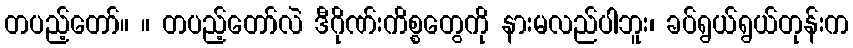
တပည့်တော်။ ။ တပည့်တော်လဲ ဒီဂိုဏ်းကိစ္စတွေကို နားမလည်ပါဘူး၊ ခပ်ရွယ်ရွယ်တုန်းက